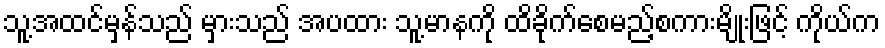
သူ့အထင်မှန်သည် မှားသည် အပထား သူ့မာနကို ထိခိုက်စေမည့်စကားမျိုးဖြင့် ကိုယ်က